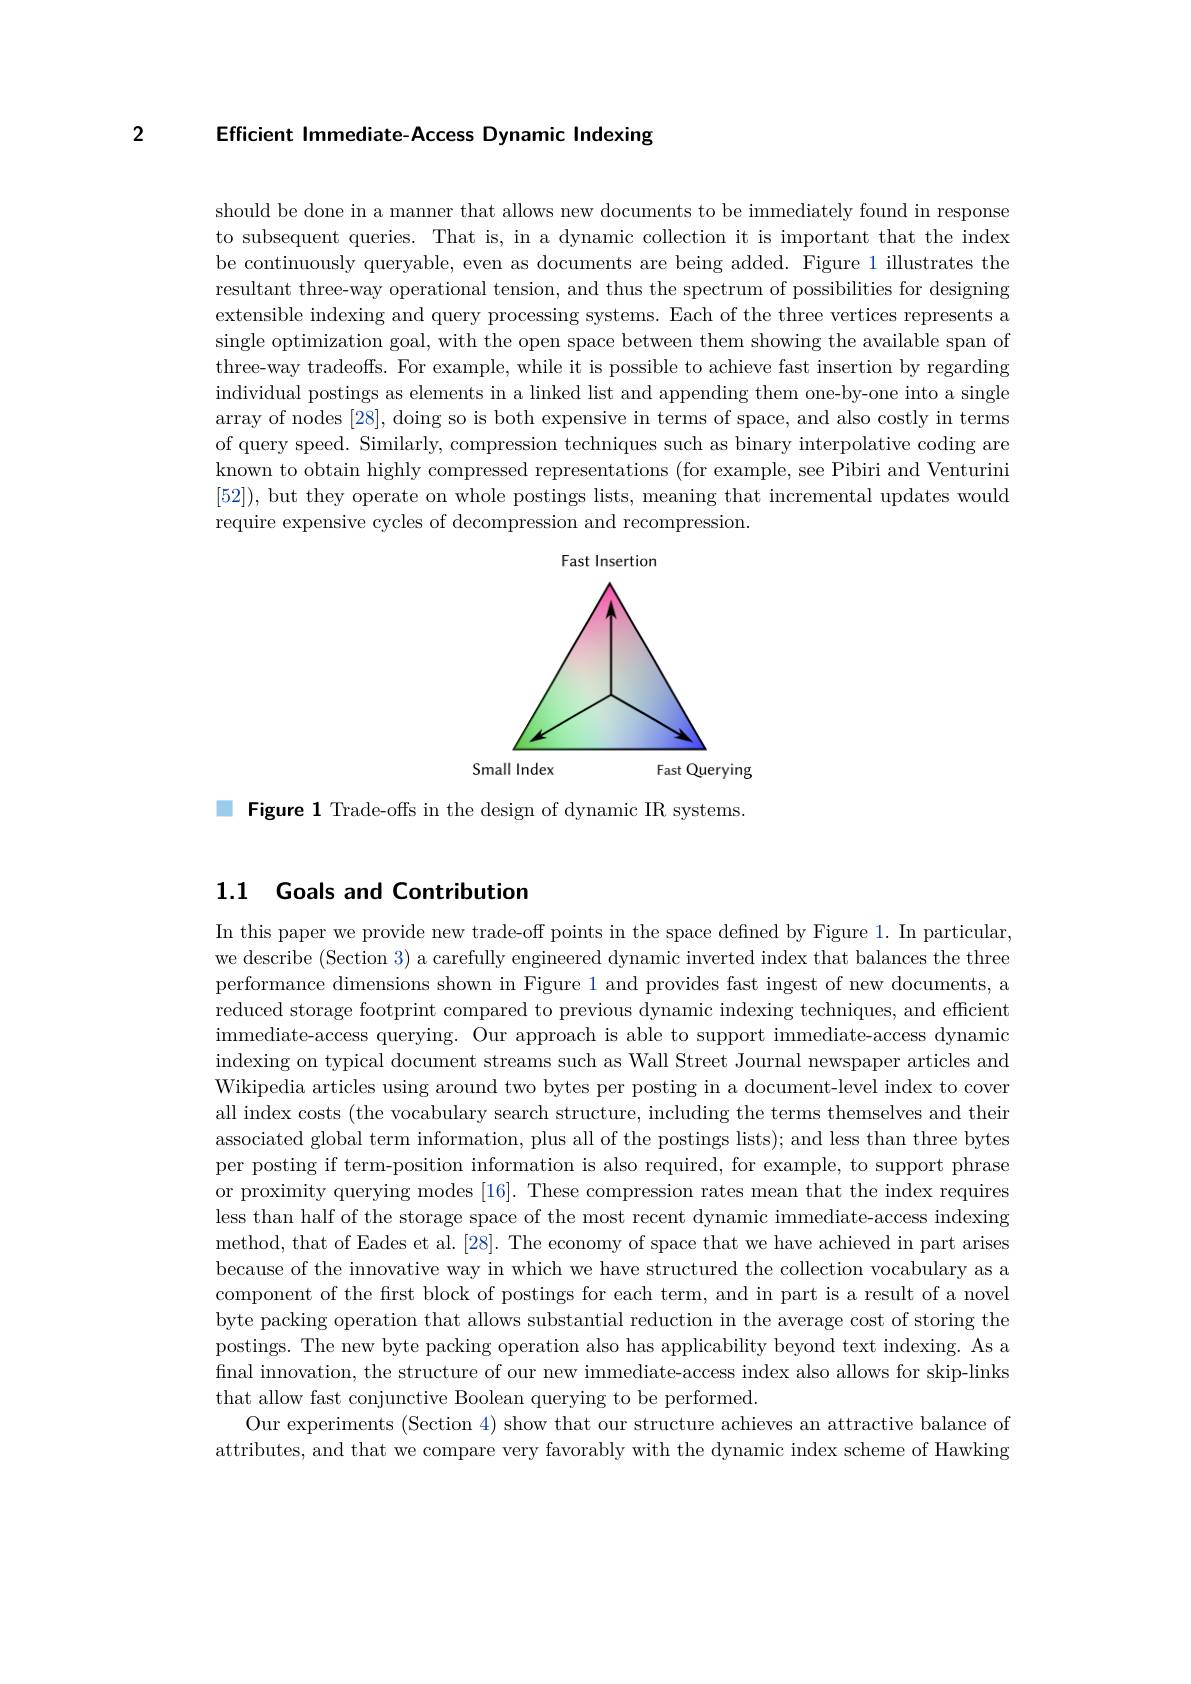
2

Efficient Immediate-Access Dynamic Indexing

should be done in a manner that allows new documents to be immediately found in response to subsequent queries. That is, in a dynamic collection it is important that the index be continuously queryable, even as documents are being added. Figure 1 illustrates the resultant three-way operational tension, and thus the spectrum of possibilities for designing extensible indexing and query processing systems. Each of the three vertices represents a single optimization goal, with the open space between them showing the available span of three-way tradeoffs. For example, while it is possible to achieve fast insertion by regarding individual postings as elements in a linked list and appending them one-by-one into a single array of nodes [28], doing so is both expensive in terms of space, and also costly in terms of query speed. Similarly, compression techniques such as binary interpolative coding are known to obtain highly compressed representations (for example, see Pibiri and Venturini [52]), but they operate on whole postings lists, meaning that incremental updates would require expensive cycles of decompression and recompression.

<FigureHere>

M Figure 1 Trade-offs in the design of dynamic IR systems.

## 1.1 Goals and Contribution

In this paper we provide new trade-off points in the space defined by Figure 1. In particular, we describe (Section 3) a carefully engineered dynamic inverted index that balances the three performance dimensions shown in Figure 1 and provides fast ingest of new documents, a reduced storage footprint compared to previous dynamic indexing techniques, and efficient immediate- access querying. Our approach is able to support immediate- access dynamic indexing on typical document streams such as Wall Street Journal newspaper articles and Wikipedia articles using around two bytes per posting in a document-level index to cover all index costs (the vocabulary search structure, including the terms themselves and their associated global term information, plus all of the postings lists); and less than three bytes per posting if term-position information is also required, for example, to support phrase or proximity querying modes [16]. These compression rates mean that the index requires less than half of the storage space of the most recent dynamic immediate-access indexing method, that of Eades et al.[28]. The economy of space that we have achieved in part arises because of the innovative way in which we have structured the collection vocabulary as a component of the first block of postings for each term, and in part is a result of a novel byte packing operation that allows substantial reduction in the average cost of storing the postings. The new byte packing operation also has applicability beyond text indexing. As a final innovation, the structure of our new immediate-access index also allows for skip-links that allow fast conjunctive Boolean querying to be performed.
Our experiments (Section 4) show that our structure achieves an attractive balance of attributes, and that we compare very favorably with the dynamic index scheme of Hawking